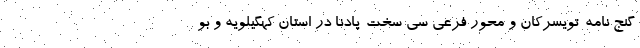
گنج نامه-تویسرکان و محور فرعی سی سخت-پادنا در استان کهگیلویه و بو